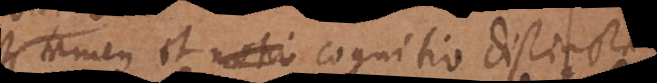
tamen et cognitio distincta